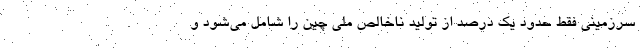
سرزمینی فقط حدود یک درصد از تولید ناخالص ملی چین را شامل می‌شود و